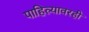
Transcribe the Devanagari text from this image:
पाहिल्यावरही